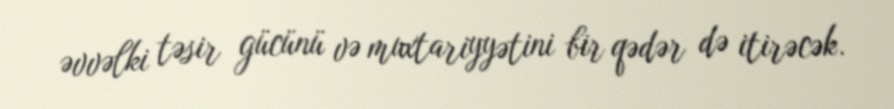
əvvəlki təsir gücünü və muxtariyyətini bir qədər də itirəcək.